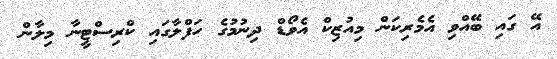
އޭ ގައި ބޭއްވި އެމެރިކަން މިއުޒިކް އެވޯޑް ދިނުމުގެ ހަފްލާގައި ކްރިސްޓީނާ މިލާން